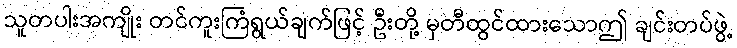
သူတပါးအကျိုး တင်ကူးကြံရွယ်ချက်ဖြင့် ဦးတို့ မှတီထွင်ထားသောဤ ချင်းတပ်ဖွဲ့